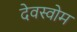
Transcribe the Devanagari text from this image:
देवस्‍वोम